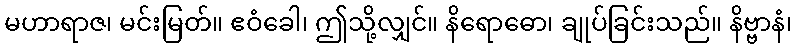
မဟာရာဇ၊ မင်းမြတ်။ ဧဝံခေါ၊ ဤသို့လျှင်။ နိရောဓော၊ ချုပ်ခြင်းသည်။ နိဗ္ဗာနံ၊